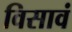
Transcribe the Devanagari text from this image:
विसावं